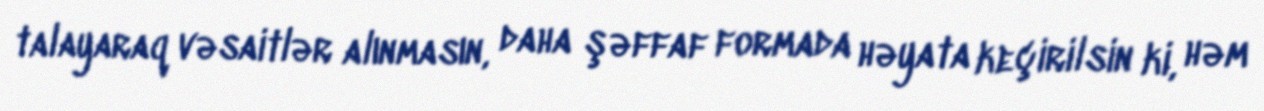
talayaraq vəsaitlər alınmasın, daha şəffaf formada həyata keçirilsin ki, həm